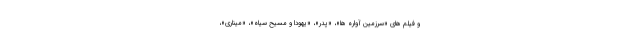
و فیلم های «سرزمین آواره ها»، «پدر»، «یهودا و مسیح سیاه»، «میناری»،